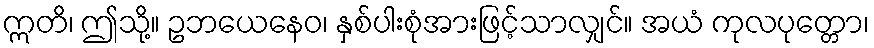
ဣတိ၊ ဤသို့။ ဥဘယေနေဝ၊ နှစ်ပါးစုံအားဖြင့်သာလျှင်။ အယံ ကုလပုတ္တော၊